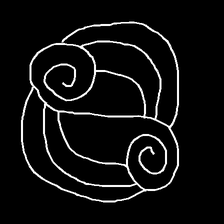
Glyph: wind-underfoot